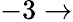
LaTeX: -3\to